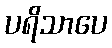
ပရိသာပေ